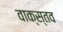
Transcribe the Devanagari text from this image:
वाक्स्तव